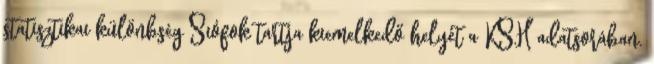
statisztikai különbség Siófok tartja kiemelkedő helyét a KSH adatsorában.